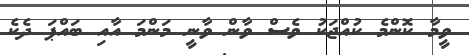
ވީމާ ކޮންމެ ކުއްޖަކު ވެސް ވާން ވާނީ މަންމަ އާއި ބައްޕަ ދެކެ